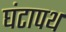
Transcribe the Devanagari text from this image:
घंटापथ